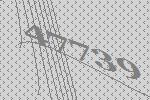
47739